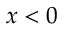
x < 0